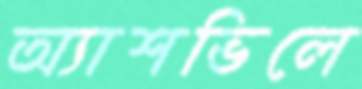
অ্যাশভিলে